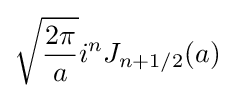
{\sqrt {\frac {2\pi }{a}}}i^{n}J_{n+1/2}(a)